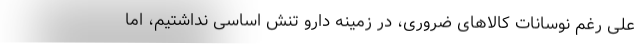
علی رغم نوسانات کالاهای ضروری، در زمینه دارو تنش اساسی نداشتیم، اما